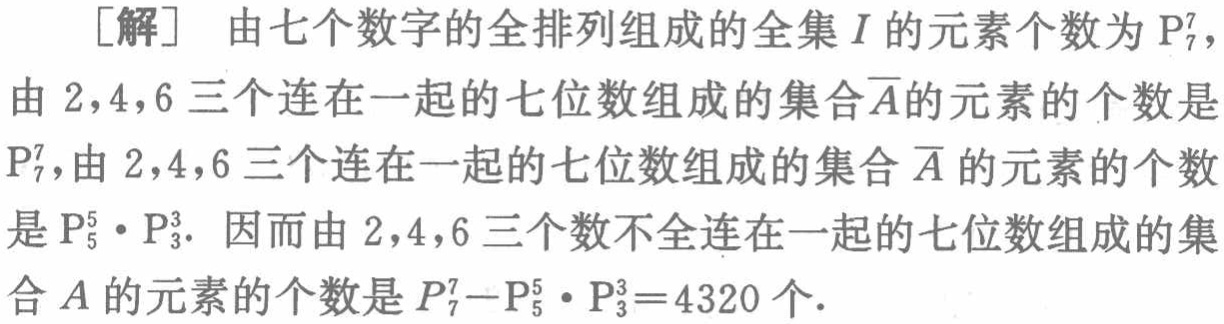
[解] 由七个数字的全排列组成的全集\(I\)的元素个数为\(P_{7}^{7}\)，由\(2,4,6\)三个连在一起的七位数组成的集合\(\overline{A}\)的元素的个数是\(P_{7}^{7}\)，由\(2,4,6\)三个连在一起的七位数组成的集合\(\overline{A}\)的元素的个数是\(P_{5}^{5} \cdot P_{3}^{3}\). 因而由\(2,4,6\)三个数不全连在一起的七位数组成的集合\(A\)的元素的个数是\(P_{7}^{7}-P_{5}^{5} \cdot P_{3}^{3}=4320\)个.